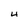
Character: 4